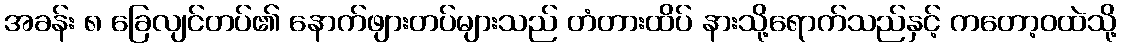
အခန်း ၈ ခြေလျင်တပ်၏ နောက်ဖျားတပ်များသည် တံတားထိပ် နားသို့ရောက်သည်နှင့် ကတော့ဝထဲသို့